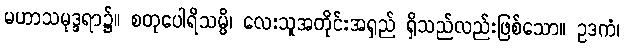
မဟာသမုဒ္ဒရာ၌။ စတုပေါရိသမ္ပိ၊ လေးသူအတိုင်းအရှည် ရှိသည်လည်းဖြစ်သော။ ဥဒကံ၊